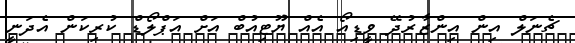
ޗެނަލް އިން އިންޒާރުދޭ ވީޑިއޯ އެއް ޔޫޓިއުބް އަަށް އަޕްލޯޑް ކުރިކަން އެދަނީ